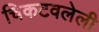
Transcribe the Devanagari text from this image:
चिकटवलेली